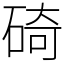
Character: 碕